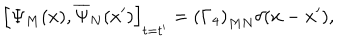
\left[ \Psi _ { M } ( x ) , \overline { { { \Psi } } } _ { N } ( x ^ { \prime } ) \right] _ { t = t ^ { \prime } } = \left( \Gamma _ { 4 } \right) _ { M N } \delta ( \mathbf { x } - \mathbf { x } ^ { \prime } ) ,